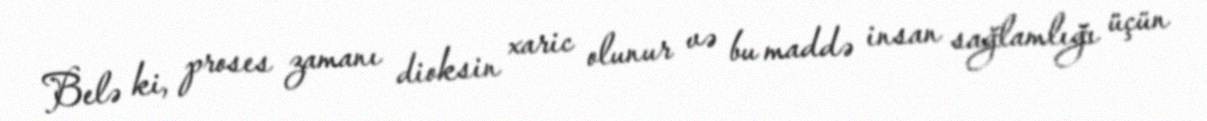
Belə ki, proses zamanı dioksin xaric olunur və bu maddə insan sağlamlığı üçün